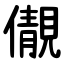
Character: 儬